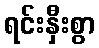
ရင်းနှီးစွာ